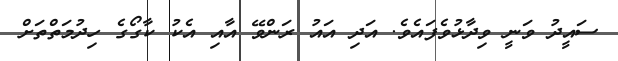
ސައީދު ވަނީ ވިދާޅުވެފައެވެ. އަދި އައު ރަންވޭ އާއި އެކު ކާގޯގެ ހިދުމަތްތަށް